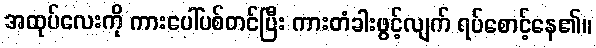
အထုပ်လေးကို ကားပေါ်ပစ်တင်ပြီး ကားတံခါးဖွင့်လျက် ရပ်စောင့်နေ၏။